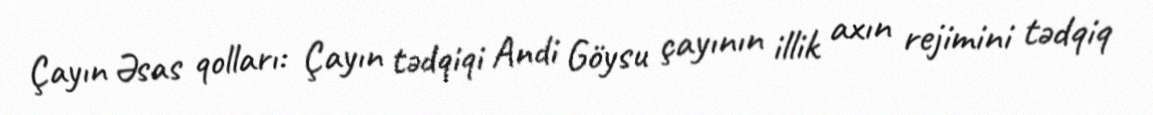
Çayın Əsas qolları: Çayın tədqiqi Andi Göysu çayının illik axın rejimini tədqiq